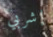
إشربي